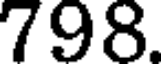
798.